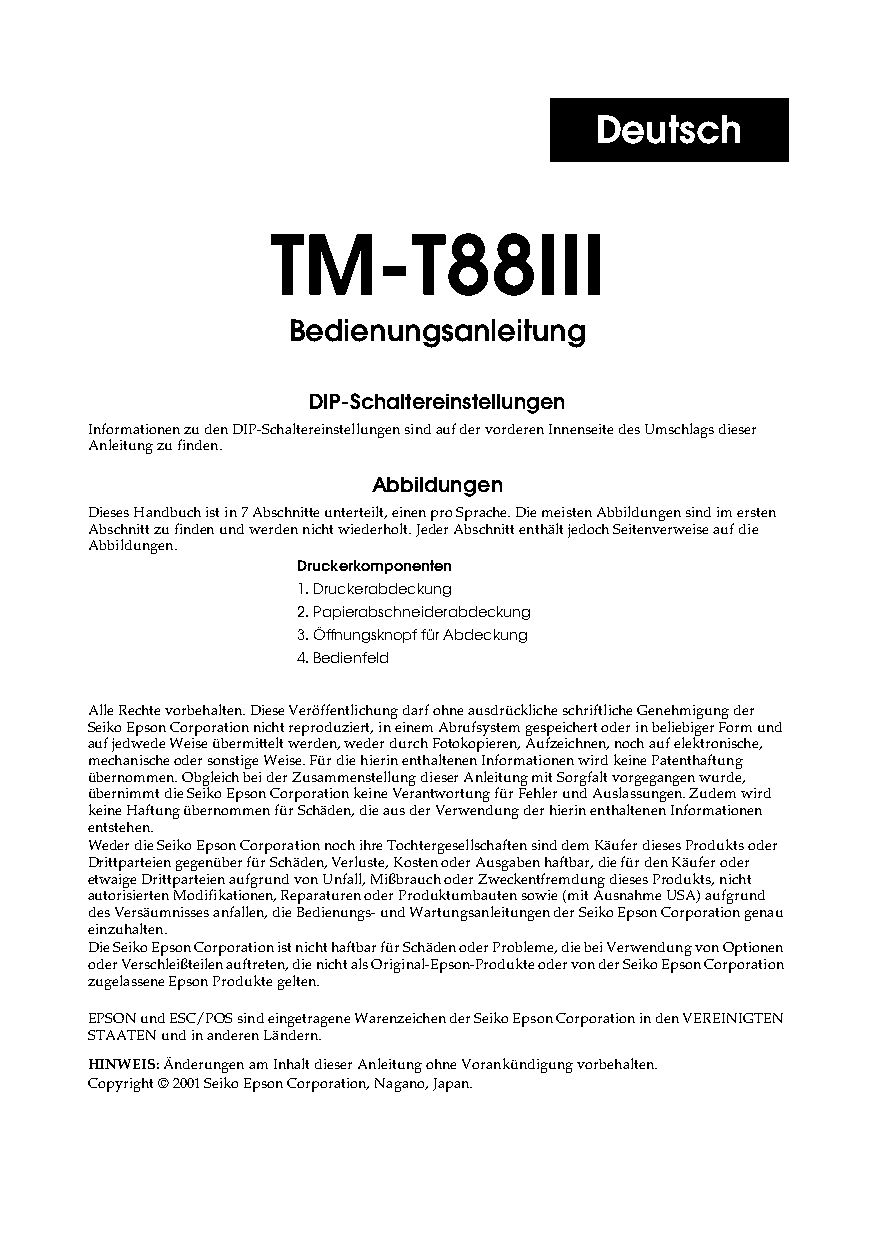
Deutsch
 TM-T88III
 Bedienungsanleitung
 DIP-Schaltereinstellungen
 Informationen zu den DIP-Schaltereinstellungen sind auf der vorderen Innenseite des Umschlags dieser
 Anleitung zu finden.
 Abbildungen
 Dieses Handbuch ist in 7 Abschnitte unterteilt, einen pro Sprache. Die meisten Abbildungen sind im ersten
 Abschnitt zu finden und werden nicht wiederholt. Jeder Abschnitt enthält jedoch Seitenverweise auf die
 Abbildungen.
 Druckerkomponenten
 1. Druckerabdeckung
 2. Papierabschneiderabdeckung
 3. Öffnungsknopf für Abdeckung
 4. Bedienfeld
 Alle Rechte vorbehalten. Diese Veröffentlichung darf ohne ausdrückliche schriftliche Genehmigung der
 Seiko Epson Corporation nicht reproduziert, in einem Abrufsystem gespeichert oder in beliebiger Form und
 auf jedwede Weise übermittelt werden, weder durch Fotokopieren, Aufzeichnen, noch auf elektronische,
 mechanische oder sonstige Weise. Für die hierin enthaltenen Informationen wird keine Patenthaftung
 übernommen. Obgleich bei der Zusammenstellung dieser Anleitung mit Sorgfalt vorgegangen wurde,
 übernimmt die Seiko Epson Corporation keine Verantwortung für Fehler und Auslassungen. Zudem wird
 keine Haftung übernommen für Schäden, die aus der Verwendung der hierin enthaltenen Informationen
 entstehen.
 Weder die Seiko Epson Corporation noch ihre Tochtergesellschaften sind dem Käufer dieses Produkts oder
 Drittparteien gegenüber für Schäden, Verluste, Kosten oder Ausgaben haftbar, die für den Käufer oder
 etwaige Drittparteien aufgrund von Unfall, Mißbrauch oder Zweckentfremdung dieses Produkts, nicht
 autorisierten Modifikationen, Reparaturen oder Produktumbauten sowie (mit Ausnahme USA) aufgrund
 des Versäumnisses anfallen, die Bedienungs- und Wartungsanleitungen der Seiko Epson Corporation genau
 einzuhalten.
 Die Seiko Epson Corporation ist nicht haftbar für Schäden oder Probleme, die bei Verwendung von Optionen
 oder Verschleißteilen auftreten, die nicht als Original-Epson-Produkte oder von der Seiko Epson Corporation
 zugelassene Epson Produkte gelten.
 EPSON und ESC/POS sind eingetragene Warenzeichen der Seiko Epson Corporation in den VEREINIGTEN
 STAATEN und in anderen Ländern.
 HINWEIS: Änderungen am Inhalt dieser Anleitung ohne Vorankündigung vorbehalten.
 Copyright © 2001 Seiko Epson Corporation, Nagano, Japan.